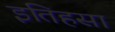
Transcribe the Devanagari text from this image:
इतिहसा